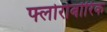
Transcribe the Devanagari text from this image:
फ्लोरोबोरिक